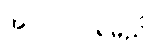
အလုပ်ဝင်ရမည်။